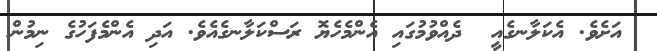
އަށެވެ. އެކަލާނގެއީ  ދެއްވުމުގައި އެންމެހެޔޮ ރަސްކަލާނގެއެވެ. އަދި އެންމެފަހުގެ ނިމުން